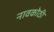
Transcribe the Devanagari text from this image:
नावकोठी